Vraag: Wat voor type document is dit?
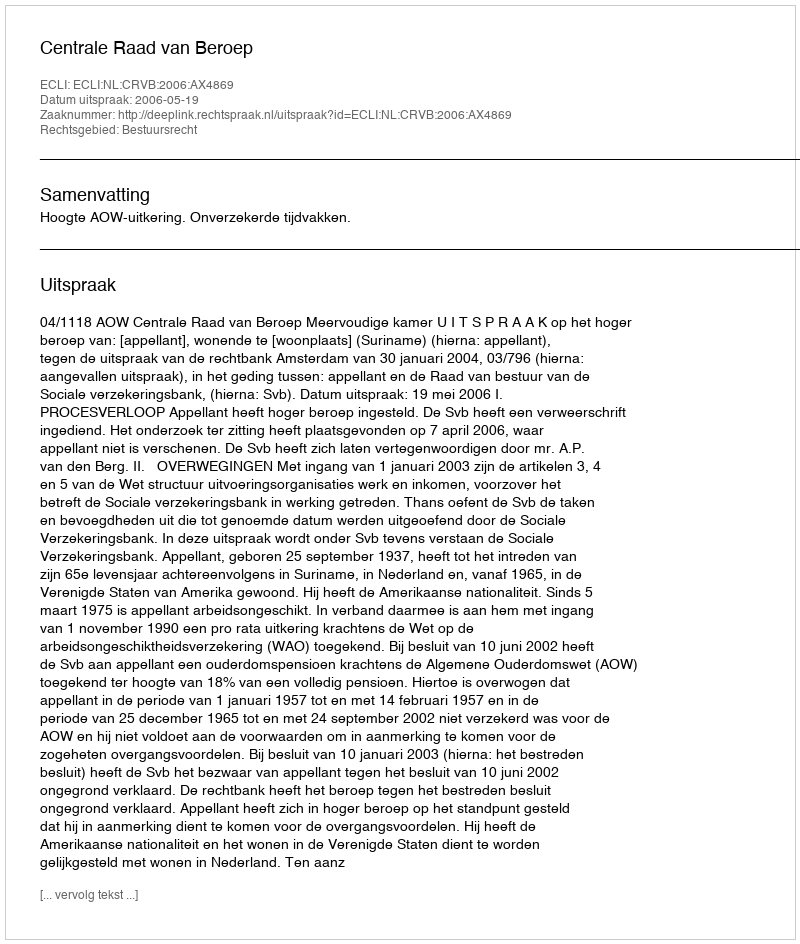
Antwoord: Uitspraak